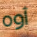
أوه